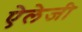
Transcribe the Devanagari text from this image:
ऐलेजी